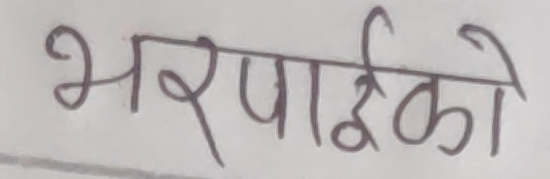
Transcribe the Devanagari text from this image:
भरपाईको